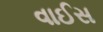
વાઈસ